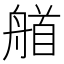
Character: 艏